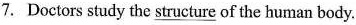
7. Doctors study the \underline{structure} of the human body.